Account of plague administration in the Bombay Presidency from September 1896 till May 1897
Year: 1896
Disease focus: Plague
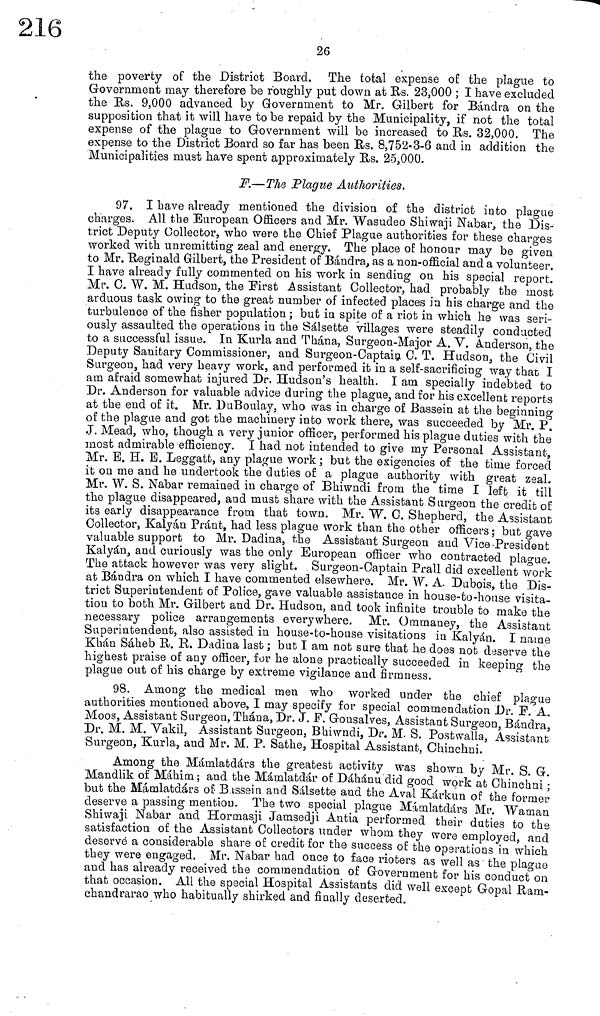
26
the poverty of the District Board. The total expense of the plague to
Government may therefore be roughly put clown at Rs. 23,000 ; I have excluded
the Rs. 9,000 advanced by Government to Mr. Gilbert for Bándra on the
supposition that it will have to be repaid by the Municipality, if not the total
expense of the plague to Government will be increased to Es. 32,000. The
expense to the District Board so far has been Us. 8,752-3-6 and in addition the
Municipalities must have spent approximately Us. 25,000.
F.—The Plague Authorities,
97. I have already mentioned the division of the district into plague
charges. All the European Officers and Mr. "Wasudeo Shiwaji Nabar, the Dis-
trict Deputy Collector, who were the Chief Plague authorities for these charges
worked with unremitting zeal and energy. The place of honour may be given
to Mr. Reginald Gilbert, the President of Bándra, as a non-official and a volunteer.
I have already fully commented on his work in sending on his special report.
Mr. C. W. M. Hudson, the First Assistant Collector, had probably the most
arduous task owing to the great number of infected places in his charge and the
turbulence of the fisher population ; but in spite of a riot in which he was seri-
ously assaulted the operations in the Sálsette villages were steadily conducted
to a successful issue. In Kurla and Thána, Surgeon-Major A. V. Anderson, the
Deputy Sanitary Commissioner, and Surgeon-Captain C. T. Hudson, the Civil
Surgeon, had very heavy work, and performed it in a self-sacrificing way that I
am afraid somewhat injured Dr. Hudson's health. I am specially indebted to
Dr. Anderson for valuable advice during the plague, and for his excellent reports
at the end of it. Mr. DuBoulay, who was in charge of Bassein at the beginning
of the plague and got the machinery into work there, was succeeded by Mr. P.
J. Mead, who, though a very junior officer, performed his plague duties with the
most admirable efficiency. I had not intended to give my Personal Assistant,
Mr. B. H. B. Leggatt, any plague work; but the exigencies of the time forced
it on me and he undertook the duties of a plague authority with great zeal.
Mr. W. S. Nabar remained in charge of Bhiwndi from the time I left it till
the plague disappeared, and must share with the Assistant Surgeon the credit of
its early disappearance from that town. Mr. W. C. Shepherd, the Assistant
Collector, Kalyán Pránt, had less plague work than the other officers ; but gave
valuable support to Mr. Dadina, the Assistant Surgeon and Vice-President
Kalyán, and curiously was the only European officer who contracted plague.
The attack however was very slight. Surgeon-Captain Prall did excellent work
at Bándra on which I have commented elsewhere. Mr. W. A. Dubois, the Dis-
trict Superintendent of Police, gave valuable assistance in house-to-house visita-
tion to both Mr. Gilbert and Dr. Hudson, and took infinite trouble to make the
necessary police arrangements everywhere. Mr. Ommaney, the Assistant
Superintendent, also assisted in house-to-house visitations in Kalyán. I name
Khan Sáheb R. R. Dadina last ; but I am not sure that he does not deserve the
highest praise of any officer, for he alone practically succeeded in keeping the
plague out of his charge by extreme vigilance and firmness.
98. Among the medical men who worked under the chief plague
authorities mentioned above, I may specify for special commendation Dr. F.A,
Moos, Assistant Surgeon, Thána, Dr. J. F. Gonsalves, Assistant Surgeon, Bándra,
Dr. M. M. Vakil, Assistant Surgeon, Bhiwndi, Dr. M. S. Postwalla, Assistant
Surgeon, Kurla, and Mr, M. P. Sathe, Hospital Assistant, Chinchni.
Among the Mámlatdárs the greatest activity was shown by Mr. S. G.
Mandlik of Máhim ; and the Mámlatdár of Dáhánu did good work at Chinchni *
but the Mámlatdárs of Bussein and Sálsette and the Aval Kárkun of the former
deserve a passing mention. The two special plague Mámlatdárs Mr. Waman
Shiwaji Nabar and Hormasji Jamsedji Antia performed their duties to the
satisfaction of the Assistant Collectors under whom they were employed, and
deserve a considerable share of credit for the success of the operations in which
they were engaged. Mr. Nabar had once to face rioters as well as the plague
and has already received the commendation of Government for his coaduct On
that occasion. All the special Hospital Assistants did well except Gopal Ram-
chandrarao who habitually shirked and finally deserted.